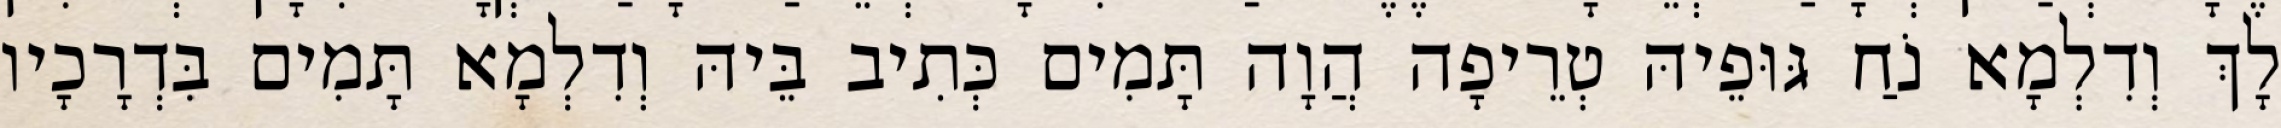
לָךְ וְדִלְמָא נֹחַ גּוּפֵיהּ טְרֵיפָה הֲוָה תָּמִים כְּתִיב בֵּיהּ וְדִלְמָא תָּמִים בִּדְרָכָיו